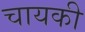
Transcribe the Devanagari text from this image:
चायकी